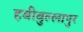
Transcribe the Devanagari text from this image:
हबीबुल्लापुर